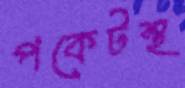
পকেটস্থ